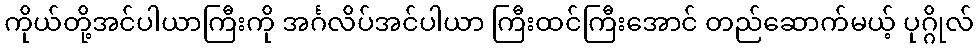
ကိုယ်တို့အင်ပါယာကြီးကို အင်္ဂလိပ်အင်ပါယာ ကြီးထင်ကြီးအောင် တည်ဆောက်မယ့် ပုဂ္ဂိုလ်